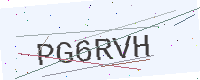
Text: PG6RVH